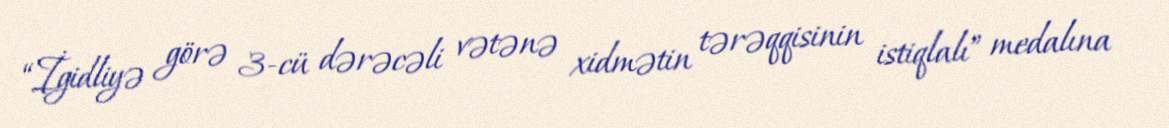
“İgidliyə görə 3-cü dərəcəli vətənə xidmətin tərəqqisinin istiqlalı” medalına